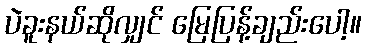
ပဲခူးနယ်ဆိုလျှင် မြေပြန့်ချည်းပေါ့။